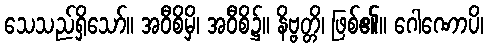
သေသည်ရှိသော်။ အဝီစိမှိ၊ အဝီစိ၌။ နိဗ္ဗတ္တိ၊ ဖြစ်၏။ ဂေါဏောပိ၊